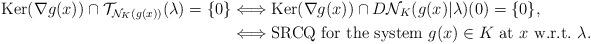
LaTeX: \begin{align*} \!{\rm Ker}(\nabla g(x))\cap \mathcal{T}_{\mathcal{N}_{K}(g(x))}(\lambda)=\{0\} &\Longleftrightarrow{\rm Ker}(\nabla g(x))\cap D\mathcal{N}_{K}(g(x)|\lambda)(0)=\{0\},\\ &\Longleftrightarrow{\rm SRCQ\ for\ the\ system}\ g(x)\in K\ {\rm at}\ x\ {\rm w.r.t.}\ \lambda. \end{align*}